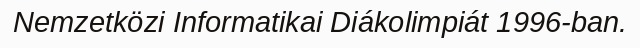
Nemzetközi Informatikai Diákolimpiát 1996-ban.